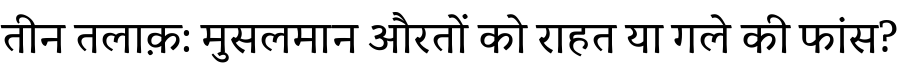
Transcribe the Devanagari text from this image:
तीन तलाक़: मुसलमान औरतों को राहत या गले की फांस?